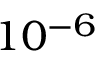
1 0 ^ { - 6 }